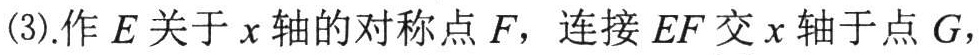
(3).作\(E\)关于\(x\)轴的对称点\(F\)，连接\(EF\)交\(x\)轴于点\(G\)，